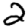
Digit: 2